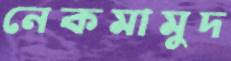
নেকমামুদ